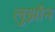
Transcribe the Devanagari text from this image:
लुझॉन